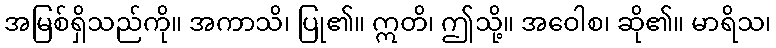
အမြစ်ရှိသည်ကို။ အကာသိ၊ ပြု၏။ ဣတိ၊ ဤသို့။ အဝေါစ၊ ဆို၏။ မာရိသ၊